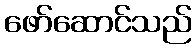
ဖော်ဆောင်သည်